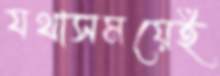
যথাসময়েই